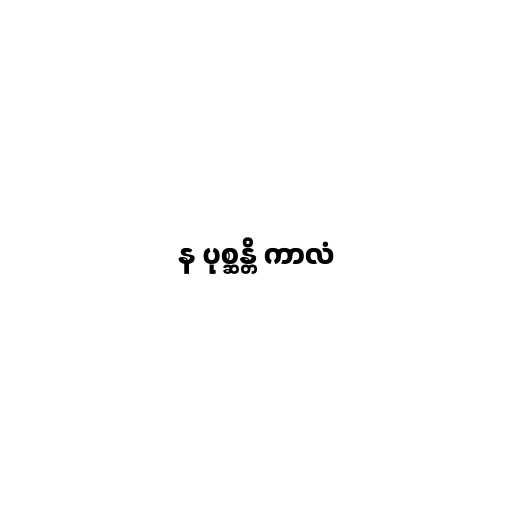
န ပုစ္ဆန္တိ ကာလံ